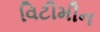
વિટીમીન